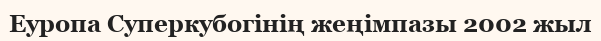
Еуропа Суперкубогінің жеңімпазы 2002 жыл